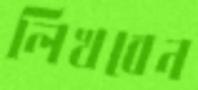
লিখবেন